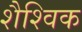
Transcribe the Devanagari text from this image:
शैश्विक